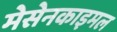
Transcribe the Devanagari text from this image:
मेसेनकाइमल